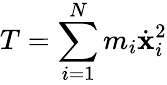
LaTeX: T=\sum_{i=1}^{N}m_{i}{\dot{\mathbf x}_{i}^{2}}